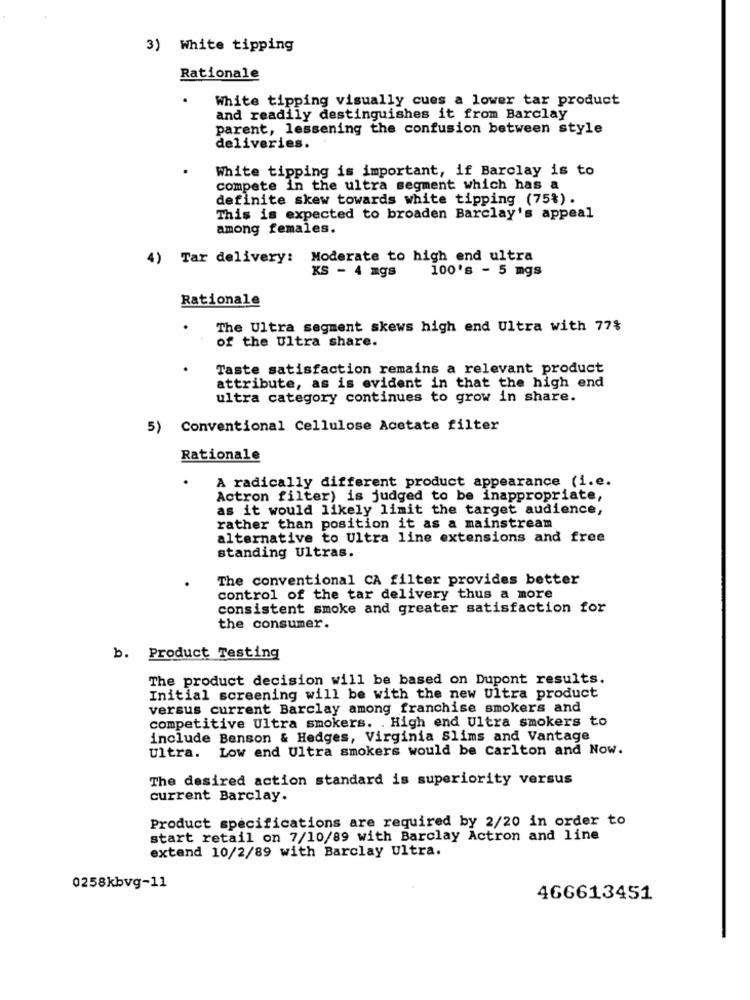
3) White tipping
Rationale
.
White tipping visually cues a lower tar product
and readily destinguishes it from Barclay
parent, lessening the confusion between style
deliveries.
White tipping is important, if Barclay is to
compete in the ultra segment which has a
definite skew towards white tipping (75%).
This is expected to broaden Barclay's appeal
among females.
4) Tar delivery: Moderate to high end ultra
100's - 5 mgs
KS - 4 mgs
Rationale
.
The Ultra segment skews high end Ultra with 77%
of the Ultra share.
Taste satisfaction remains a relevant product
attribute, as is evident in that the high end
ultra category continues to grow in share.
5)
Conventional Cellulose Acetate filter
Rationale
.
A radically different product appearance (i.e.
Actron filter) is judged to be inappropriate,
as it would likely limit the target audience,
rather than position it as a mainstream
alternative to Ultra line extensions and free
standing Ultras.
The conventional CA filter provides better
control of the tar delivery thus a more
consistent smoke and greater satisfaction for
the consumer.
b. Product Testing
The product decision will be based on Dupont results.
Initial screening will be with the new Ultra product
versus current Barclay among franchise smokers and
competitive Ultra smokers. . High end Ultra smokers to
include Benson & Hedges, Virginia Slims and Vantage
Ultra. Low end Ultra smokers would be carlton and Now.
The desired action standard is superiority versus
current Barclay.
Product specifications are required by 2/20 in order to
start retail on 7/10/89 with Barclay Actron and line
extend 10/2/89 with Barclay Ultra.
0258kbvg-11
466613451